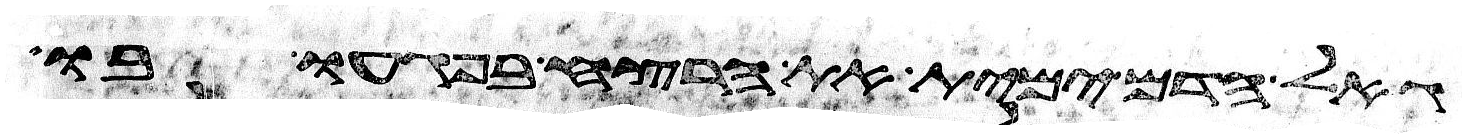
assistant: גאל הדם ימית את הרצח בפגעו בו